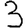
Digit: 3